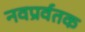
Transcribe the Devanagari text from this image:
नवप्रर्वतक